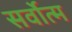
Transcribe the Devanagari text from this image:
सर्वोत्‍म